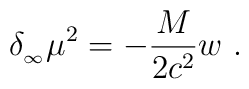
\delta_{_\infty}\mu^2=-{M\over 2c^2} w \ .